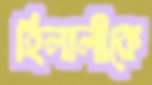
হিলালীকে